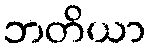
ဘတိယာ